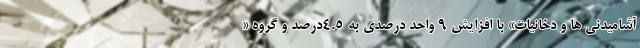
آشامیدنی ها و دخانیات» با افزایش 9 واحد درصدی به 4.5درصد و گروه «